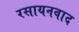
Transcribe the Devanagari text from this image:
रसायनवाद